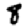
Digit: 8